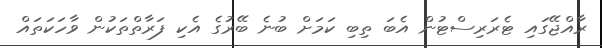
ރާއްޖޭގައި ޓެރަރިސްޓުން އެބަ ތިބި ކަމަށް ބުނެ ބޭރުގެ އެކި ފަރާތްތަކުން ވާހަކަތައް